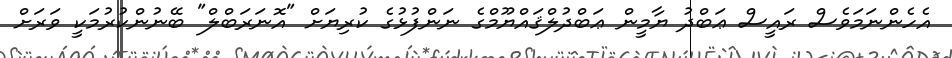
އެހެންނަމަވެސް ރައީސް ޢަބްދު ޔާމީން ޢަބްދުލްޤައްޔޫމްގެ ނަންފުޅުގެ ކުރިޔަށް "އޮނަރަބްލް" ބޭނުންކުރުމަކީ ވަރަށް